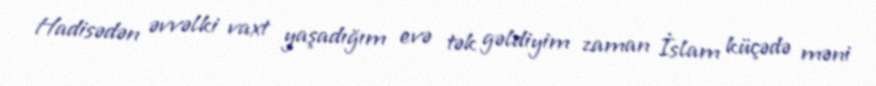
Hadisədən əvvəlki vaxt yaşadığım evə tək gəldiyim zaman İslam küçədə məni